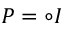
P = \circ I